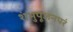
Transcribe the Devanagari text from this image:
शंभुपूजनपरं